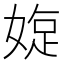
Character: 𡟐